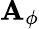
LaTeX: \mathbf{A}_{\phi}